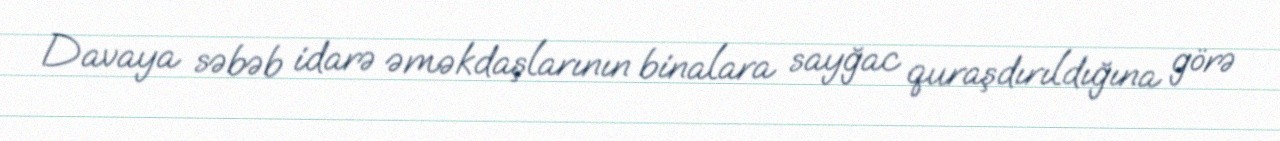
Davaya səbəb idarə əməkdaşlarının binalara sayğac quraşdırıldığına görə